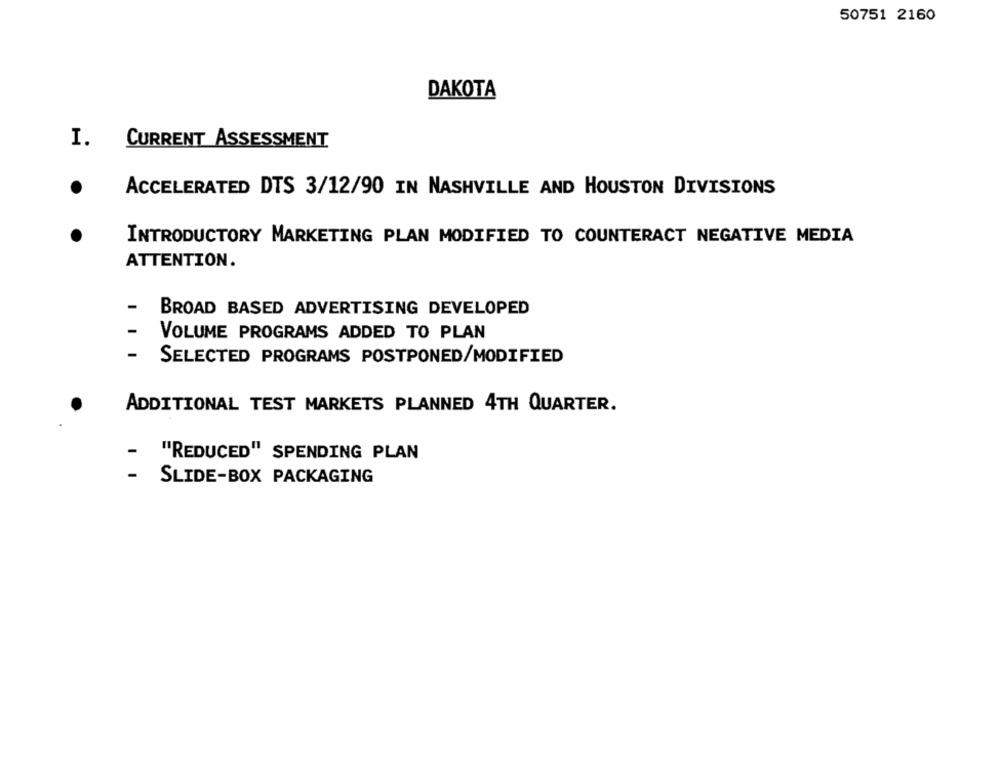
50751 2160
DAKOTA
I.
CURRENT ASSESSMENT
ACCELERATED DTS 3/12/90 IN NASHVILLE AND HOUSTON DIVISIONS
INTRODUCTORY MARKETING PLAN MODIFIED TO COUNTERACT NEGATIVE MEDIA
ATTENTION.
BROAD BASED ADVERTISING DEVELOPED
VOLUME PROGRAMS ADDED TO PLAN
-
SELECTED PROGRAMS POSTPONED/MODIFIED
ADDITIONAL TEST MARKETS PLANNED 4TH QUARTER.
-
"REDUCED" SPENDING PLAN
SLIDE-BOX PACKAGING